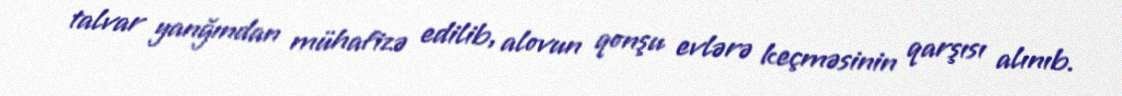
talvar yanğından mühafizə edilib, alovun qonşu evlərə keçməsinin qarşısı alınıb.